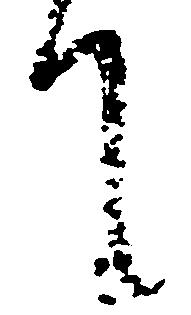
て